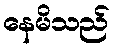
နေမိသည်